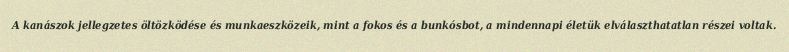
A kanászok jellegzetes öltözködése és munkaeszközeik, mint a fokos és a bunkósbot, a mindennapi életük elválaszthatatlan részei voltak.